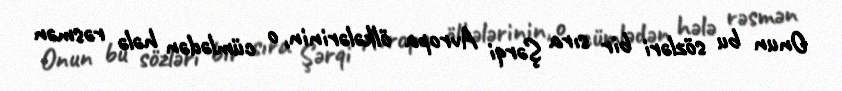
Onun bu sözləri bir sıra Şərqi Avropa ölkələrinin, o cümlədən hələ rəsmən